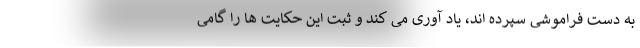
به دست فراموشی سپرده اند، یاد آوری می کند و ثبت این حکایت ها را گامی